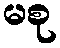
မစု